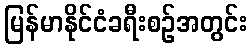
မြန်မာနိုင်ငံခရီးစဉ်အတွင်း